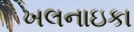
ખલનાઇકા